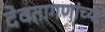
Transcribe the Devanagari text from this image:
देवतागणांच्या